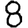
Digit: 8